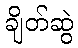
ချိတ်ဆွဲ